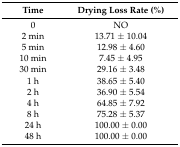
| Time | Drying Loss Rate (%) |
 | --- | --- |
 | 0 | NO |
 | 2 min | 13.71 ± 10.04 |
 | 5 min | 12.98 ± 4.60 |
 | 10 min | 7.45 ± 4.95 |
 | 30 min | 29.16 ± 3.48 |
 | 1 h | 38.65 ± 5.40 |
 | 2 h | 36.90 ± 5.54 |
 | 4 h | 64.85 ± 7.92 |
 | 8 h | 75.28 ± 5.37 |
 | 24 h | 100.00 ± 0.00 |
 | 48 h | 100.00 ± 0.00 |